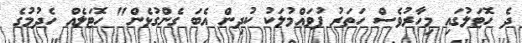
ދެ ހޮޓަލުގައި މިހާރުވެސް ހަތަރު ފުވައްމުލަކު ކުދިން އެބަ ގެންގުޅެން" ހޮޓަލެއް ހެދުމުގެ